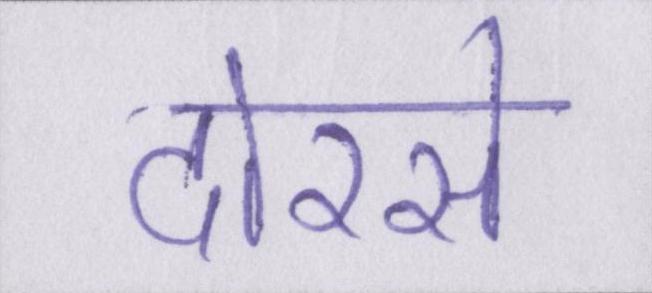
दोरसे